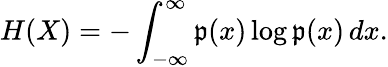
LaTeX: H(X)=-\int_{-\infty}^{\infty}\mathfrak{p}(x)\log\mathfrak{p}(x)\, dx.